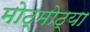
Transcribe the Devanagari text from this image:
मोठ्मोठ्या